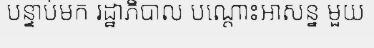
បន្ទាប់មក រដ្ឋាភិបាល បណ្តោះអាសន្ន មួយ